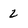
Character: 2